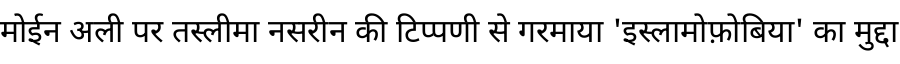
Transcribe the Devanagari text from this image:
मोईन अली पर तस्लीमा नसरीन की टिप्पणी से गरमाया 'इस्लामोफ़ोबिया' का मुद्दा